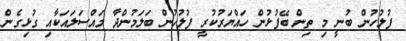
ފުލުހުން ބުނީ މި ތިން ބޭފުޅުން ހައްޔަރުކުރީ ފުލުހުން ބަލަމުންދާ މައްސަލައަކާއި ގުޅިގެން